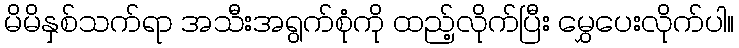
မိမိနှစ်သက်ရာ အသီးအရွက်စုံကို ထည့်လိုက်ပြီး မွှေပေးလိုက်ပါ။